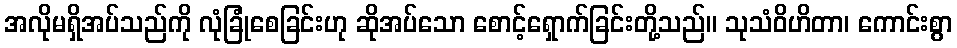
အလိုမရှိအပ်သည်ကို လုံခြုံစေခြင်းဟု ဆိုအပ်သော စောင့်ရှောက်ခြင်းတို့သည်။ သုသံဝိဟိတာ၊ ကောင်းစွာ